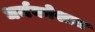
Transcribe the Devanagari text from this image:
धर्मकोशात